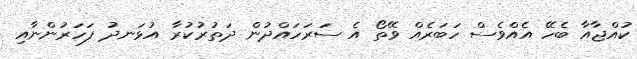
ކުއްޖާއާ ބެހޭ އެއްވެސް ހަބަރެއް ވޭތޯ އެ ސަރަހައްދުން ދަތުރުކުރާ އުޅަނދު ފަހަރުންނާއި